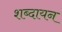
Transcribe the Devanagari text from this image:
शब्दायन